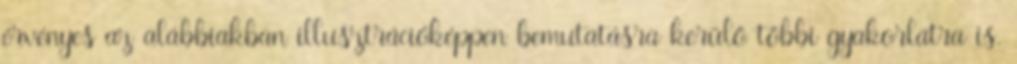
érvényes az alábbiakban illusztrációképpen bemutatásra kerülő többi gyakorlatra is.